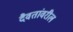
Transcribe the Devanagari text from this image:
दैवतांवरील